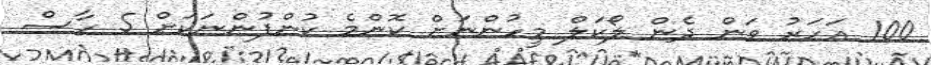
100 އަހަރު ވަން ދެން ލޯކަލް މީހުންނަށް ކޮންމެ ކުންފުންނަކަށް 5 ހާސް